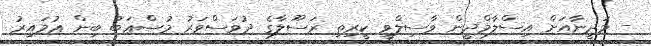
- މަދީނާއަށް އިސްލާމްދީން ވާސިލްވީ ކީރިތި ރަސޫލާގެ ދުވަސްވަރު މުޞްޢަބު ބިން ޢުމައިރު